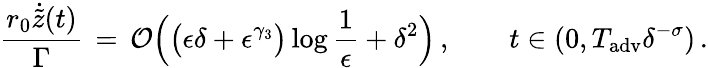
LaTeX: \frac{r_{0}\dot{\tilde{z}}(t)}{\Gamma}\, =\, \mathcal{O}\Bigl(\bigl(\epsilon\delta+\epsilon^{\gamma_{3}}\bigr)\log\frac{1}{\epsilon}+\delta^{2}\Bigr)\, ,\qquad t\in(0,T_{\mathrm{adv}}\delta^{-\sigma})\, .